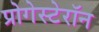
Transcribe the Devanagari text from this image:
प्रोगेस्टेरॉन